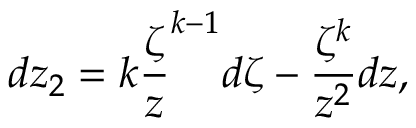
d z _ { 2 } = k \frac { \zeta } { z } ^ { k - 1 } d \zeta - \frac { \zeta ^ { k } } { z ^ { 2 } } d z ,